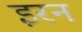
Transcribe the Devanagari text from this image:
इरन